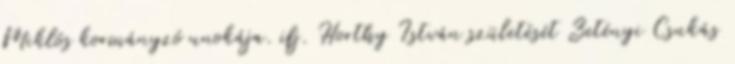
Miklós kormányzó unokája. ifj. Horthy István születését Zetényi Csukás